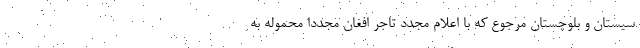
سیستان و بلوچستان مرجوع که با اعلام مجدد تاجر افغان مجددا محموله به